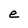
Character: e